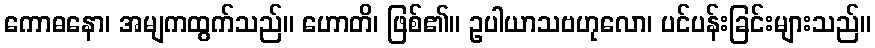
ကောဓနော၊ အမျကထွက်သည်။ ဟောတိ၊ ဖြစ်၏။ ဥပါယာသဗဟုလော၊ ပင်ပန်းခြင်းများသည်။